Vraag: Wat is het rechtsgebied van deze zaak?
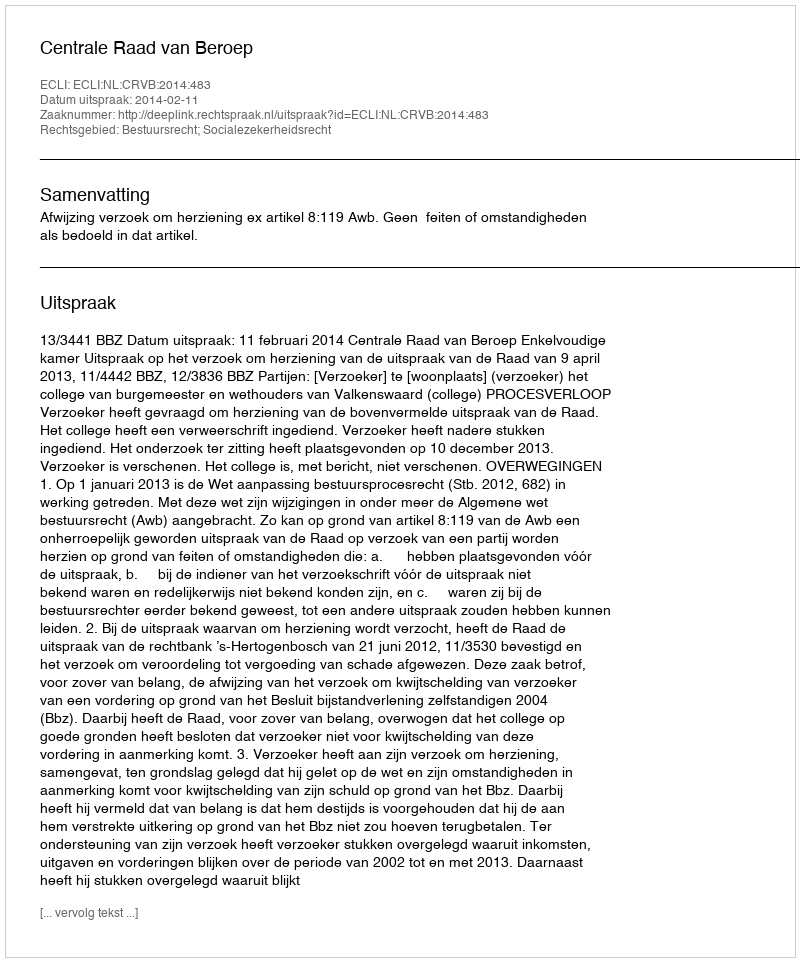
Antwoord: Bestuursrecht; Socialezekerheidsrecht